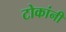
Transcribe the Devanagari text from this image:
टोकांनी